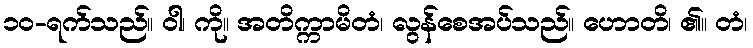
၁၀-ရက်သည်။ ဝါ၊ ကို။ အတိက္ကာမိတံ၊ လွန်စေအပ်သည်။ ဟောတိ၊ ၏။ တံ၊